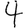
Digit: 4